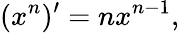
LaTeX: (x^{n})^{\prime}=nx^{n-1},